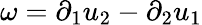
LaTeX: \omega=\partial_{1}u_{2}-\partial_{2}u_{1}